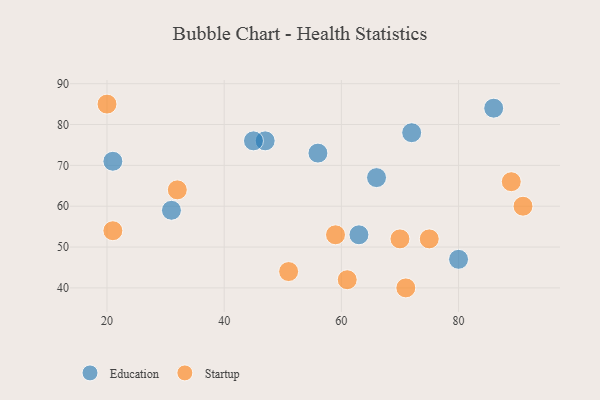
{"axis": {"x": "GDP", "y": "Life Expectancy"}, "legend": ["Education", "Startup"], "data": [{"x": "63", "y": 53, "type": "Education"}, {"x": "56", "y": 73, "type": "Education"}, {"x": "80", "y": 47, "type": "Education"}, {"x": "31", "y": 59, "type": "Education"}, {"x": "72", "y": 78, "type": "Education"}, {"x": "21", "y": 71, "type": "Education"}, {"x": "66", "y": 67, "type": "Education"}, {"x": "47", "y": 76, "type": "Education"}, {"x": "86", "y": 84, "type": "Education"}, {"x": "45", "y": 76, "type": "Education"}, {"x": "91", "y": 60, "type": "Startup"}, {"x": "20", "y": 85, "type": "Startup"}, {"x": "75", "y": 52, "type": "Startup"}, {"x": "70", "y": 52, "type": "Startup"}, {"x": "32", "y": 64, "type": "Startup"}, {"x": "89", "y": 66, "type": "Startup"}, {"x": "21", "y": 54, "type": "Startup"}, {"x": "51", "y": 44, "type": "Startup"}, {"x": "71", "y": 40, "type": "Startup"}, {"x": "61", "y": 42, "type": "Startup"}, {"x": "59", "y": 53, "type": "Startup"}]}